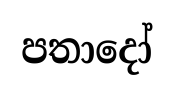
පතාදෝ